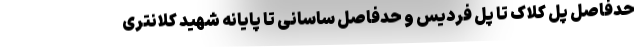
حدفاصل پل کلاک تا پل فردیس و حدفاصل ساسانی تا پایانه شهید کلانتری